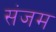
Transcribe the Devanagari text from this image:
संजम